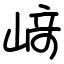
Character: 﨑